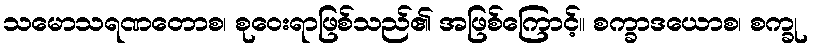
သမောသရဏတောစ၊ စုဝေးရာဖြစ်သည်၏ အဖြစ်ကြောင့်။ စက္ခာဒယောစ၊ စက္ခု